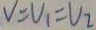
V = V _ { 1 } = V _ { 2 }